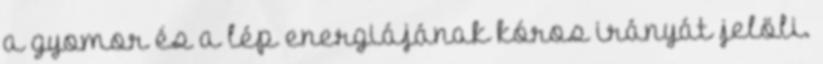
a gyomor és a lép energiájának kóros irányát jelöli.